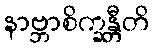
နာဗ္ဘာစိက္ခန္တီတိ